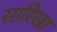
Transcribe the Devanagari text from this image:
सारिखा